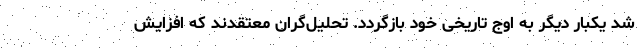
شد یکبار دیگر به اوج تاریخی خود بازگردد. تحلیل‌گران معتقد‌ند که افزایش